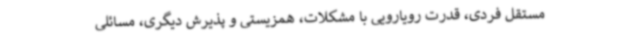
مستقل فردی، قدرت رویارویی با مشکلات، همزیستی و پذیرش دیگری، مسائلی